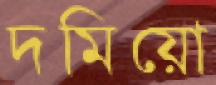
দমিয়ো